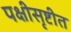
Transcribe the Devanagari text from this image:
पक्षीसृष्टीत